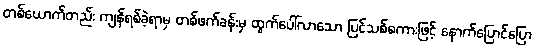
တစ်ယောက်တည်း ကျန်ရစ်ခဲ့ရာမှ တစ်ဖက်ခန်းမှ ထွက်ပေါ်လာသော ပြင်သစ်စကားဖြင့် နောက်ပြောင်ပြော